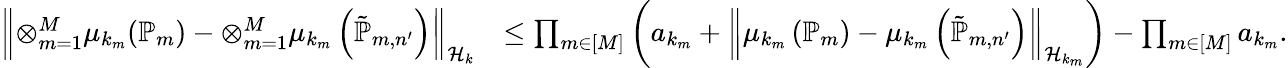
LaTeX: \begin{array}{rl}{\left\| {\otimes_{m=1}^{M}\mu_{k_{m}}(\mathbb{P}_{m})-\otimes_{m=1}^{M}\mu_{k_{m}}\left(\tilde{\mathbb{P}}_{m,n^{\prime}}\right)}\right\| _{\mathcal{H}_{k}}}&{\le\prod_{m\in[M]}\left(a_{k_{m}}+\left\| {\mu_{k_{m}}\left(\mathbb{P}_{m}\right)-\mu_{k_{m}}\left(\tilde{\mathbb{P}}_{m,n^{\prime}}\right)}\right\| _{\mathcal{H}_{k_{m}}}\right)-\prod_{m\in[M]}a_{k_{m}}.}\end{array}